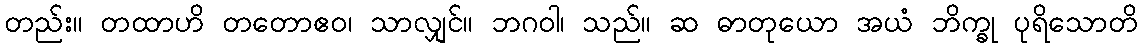
တည်း။ တထာဟိ တတောဧဝ၊ သာလျှင်။ ဘဂဝါ၊ သည်။ ဆ ဓာတုယော အယံ ဘိက္ခု ပုရိသောတိ